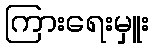
ကြားရေးမှူး